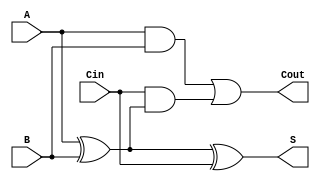
module FullAdder (
    input wire A,        // Input bit A
    input wire B,        // Input bit B
    input wire Cin,      // Carry-in
    output wire S,       // Sum output
    output wire Cout     // Carry-out
);
    assign S = A ^ B ^ Cin;                     // Sum calculation
    assign Cout = (A & B) | (Cin & (A ^ B));   // Carry-out calculation
endmodule